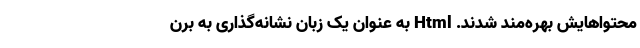
محتواهایش بهره‌مند شدند. Html به عنوان یک زبان نشانه‌گذاری به برن